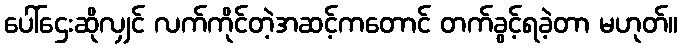
ပေါ်ဌေးဆိုလျှင် လက်ကိုင်တဲ့အဆင့်ကတောင် တက်ခွင့်ရခဲ့တာ မဟုတ်။